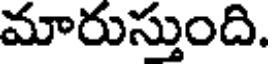
మారుస్తుంది.